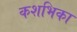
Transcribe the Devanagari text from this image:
कशभिका